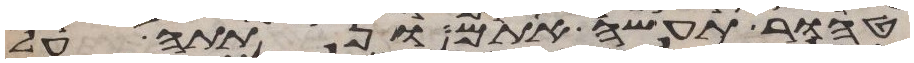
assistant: טהור תעשה אתם ונתתה על